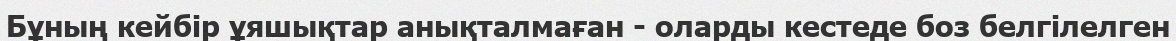
Бұның кейбiр ұяшықтар анықталмаған - оларды кестеде боз белгiлелген